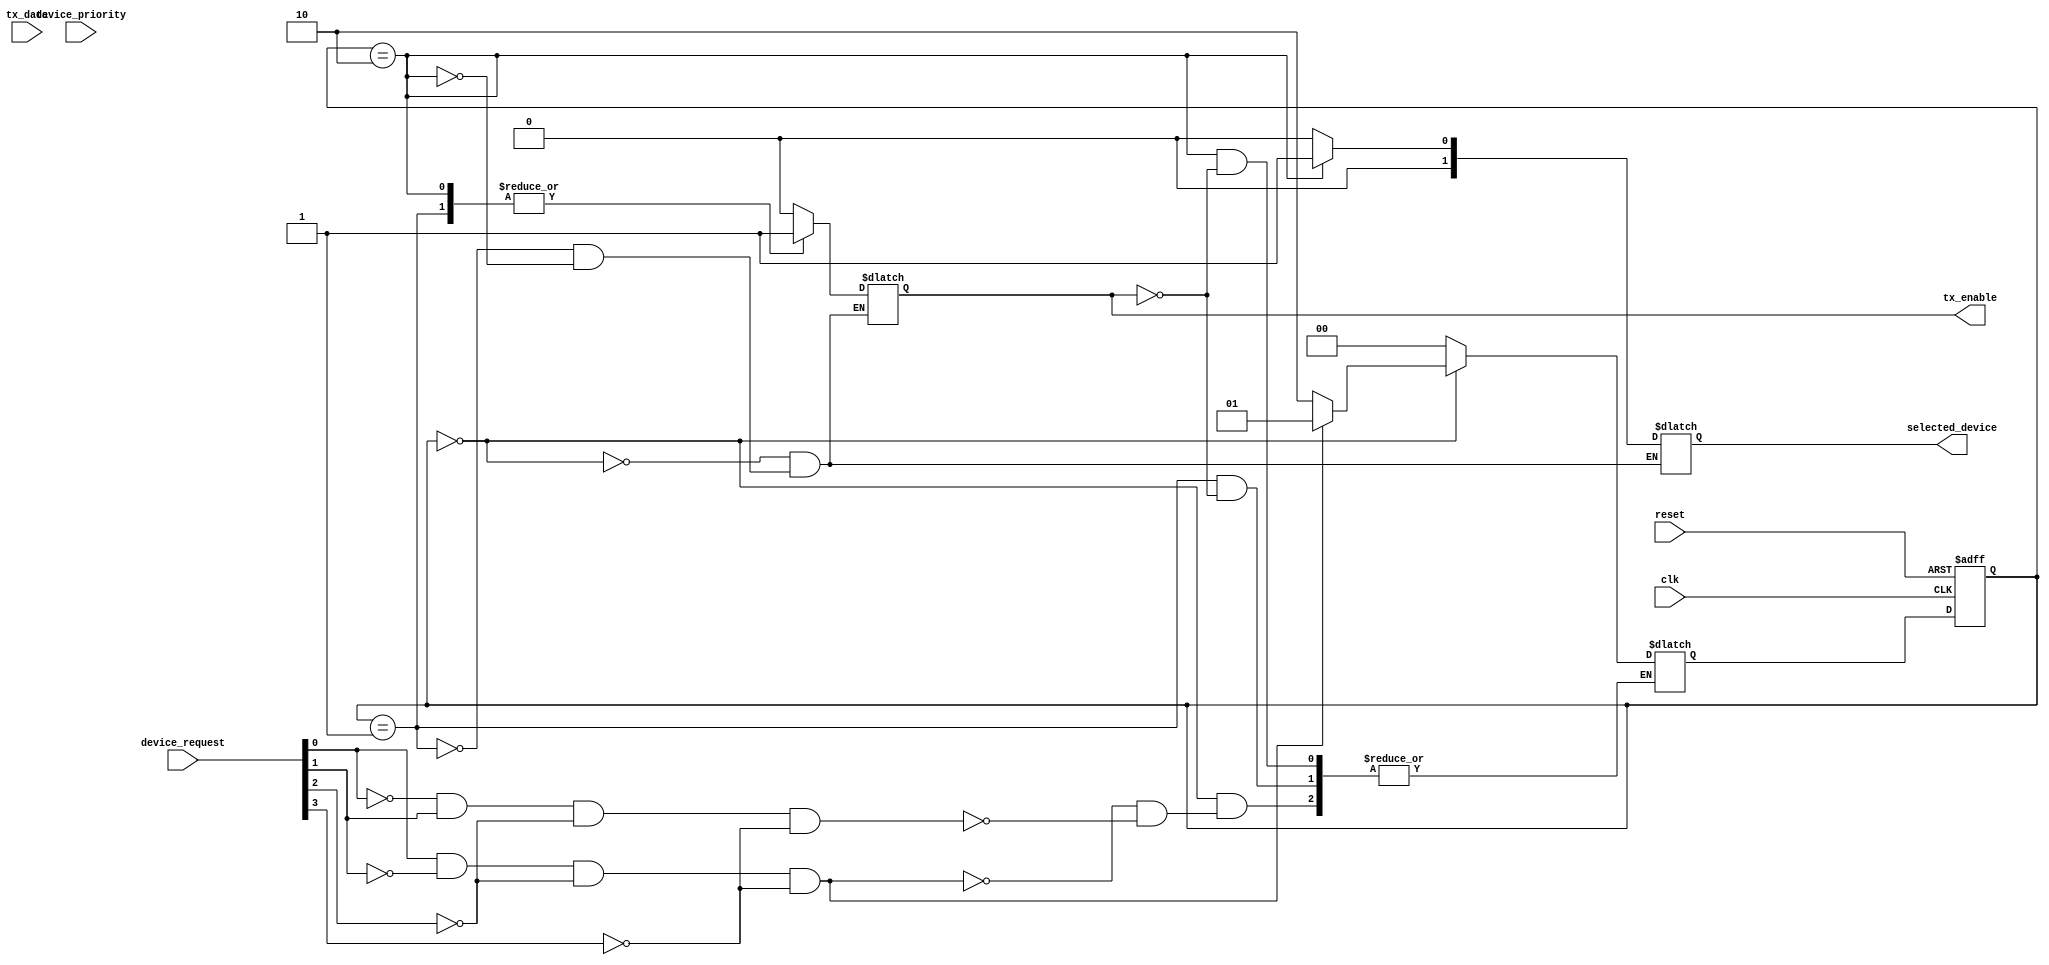
module serial_arbiter (
    input wire clk,
    input wire reset,
    input wire [3:0] device_request,
    input wire [3:0] device_priority,
    input wire [3:0] tx_data,
    output wire tx_enable,
    output wire [1:0] selected_device
);

reg [3:0] request_priority;
reg [1:0] state;
reg [1:0] next_state;

always @ (posedge clk or posedge reset) begin
    if (reset) begin
        state <= 2'b00;
    end else begin
        state <= next_state;
    end
end

always @ (*) begin
    case (state)
        2'b00: begin
            tx_enable <= 1'b0;
            selected_device <= 2'b00;
            if (device_request[0] && !device_request[1] && !device_request[2] && !device_request[3]) begin
                next_state <= 2'b01;
            end else if (!device_request[0] && device_request[1] && !device_request[2] && !device_request[3]) begin
                next_state <= 2'b10;
            end // Add more cases for other devices
        end
        2'b01: begin
            tx_enable <= 1'b1;
            selected_device <= 2'b00;
            if (tx_enable) begin
                next_state <= 2'b00;
            end
        end
        2'b10: begin
            tx_enable <= 1'b1;
            selected_device <= 2'b01;
            if (tx_enable) begin
                next_state <= 2'b00;
            end
        end // Add more cases for other devices
        default: begin
            next_state <= 2'b00;
        end
    endcase
end

assign request_priority = {device_priority[0], device_priority[1], device_priority[2], device_priority[3]};

endmodule